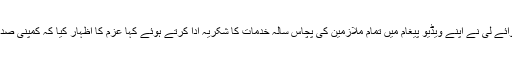
وائس چیئرمین جے وائے لی نے اپنے ویڈیو پیغام میں تمام ملازمین کی پچاس سالہ خدمات کا شکریہ ادا کرتے ہوئے کہا عزم کا اظہار کیا کہ کمپنی صد سالہ کمپنی بنے گی۔